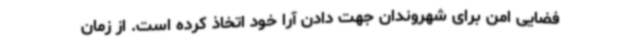
فضایی امن برای شهروندان جهت دادن آرا خود اتخاذ کرده‌ است. از زمان